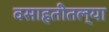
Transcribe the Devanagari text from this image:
वसाहतीतल्या